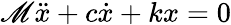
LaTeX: \mathscr{M}{\ddot{{x}}}+c{\dot{{x}}}+kx=0